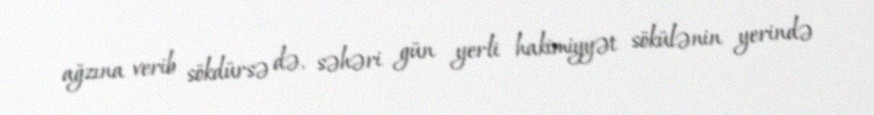
ağzına verib sökdürsə də, səhəri gün yerli hakimiyyət sökülənin yerində